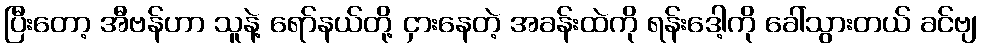
ပြီးတော့ အီဗန်ဟာ သူနဲ့ ရော်နယ်တို့ ငှားနေတဲ့ အခန်းထဲကို ရန်းဒေါ့ကို ခေါ်သွားတယ် ခင်ဗျ